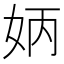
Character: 𡛦